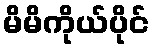
မိမိကိုယ်ပိုင်